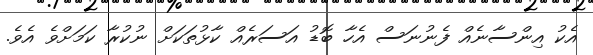
އެކު އިންސާނެއް ފެނުނަސް އެހާ ބޮޑު އަސަރެއް ކާޅުތަކަށް ނުކުރާ ކަމަށްވެ އެވެ.